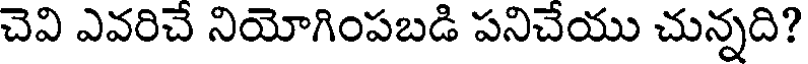
చెవి ఎవరిచే నియోగింపబడి పనిచేయు చున్నది?